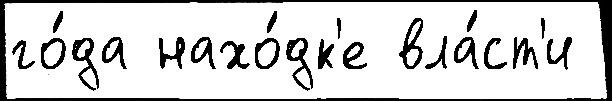
го́да нахо́дк'е вла́ст'и